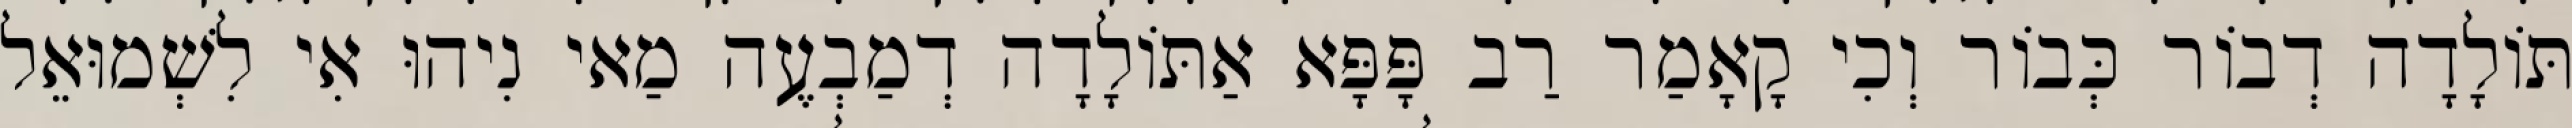
תּוֹלָדָה דְבוֹר כְּבוֹר וְכִי קָאָמַר רַב פָּפָּא אַתּוֹלָדָה דְמַבְעֶה מַאי נִיהוּ אִי לִשְׁמוּאֵל